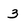
Character: 3